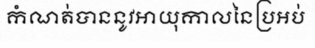
កំណត់បាននូវអាយុកាលនៃប្រអប់